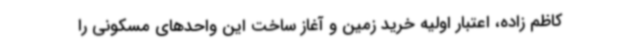
کاظم زاده، اعتبار اولیه خرید زمین و آغاز ساخت این واحدهای مسکونی را